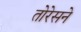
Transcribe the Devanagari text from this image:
तोरेसने